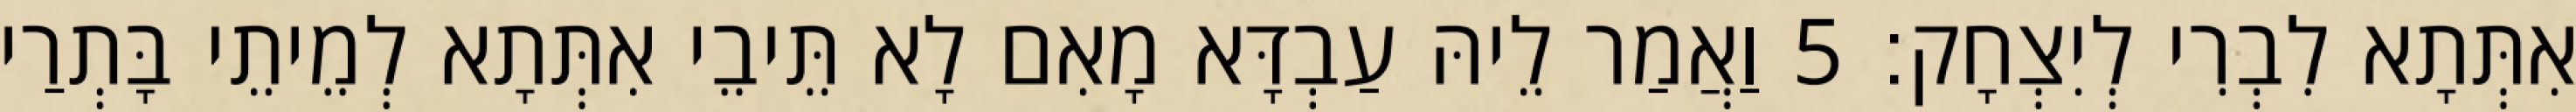
אִתְּתָא לִבְרִי לְיִצְחָק׃ 5 וַאֲמַר לֵיהּ עַבְדָּא מָאִם לָא תֵּיבֵי אִתְּתָא לְמֵיתֵי בָּתְרַי